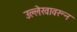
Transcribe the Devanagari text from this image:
उल्लेखावरून